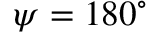
\psi = 1 8 0 ^ { \circ }